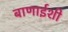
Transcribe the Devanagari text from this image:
बाणाईशी